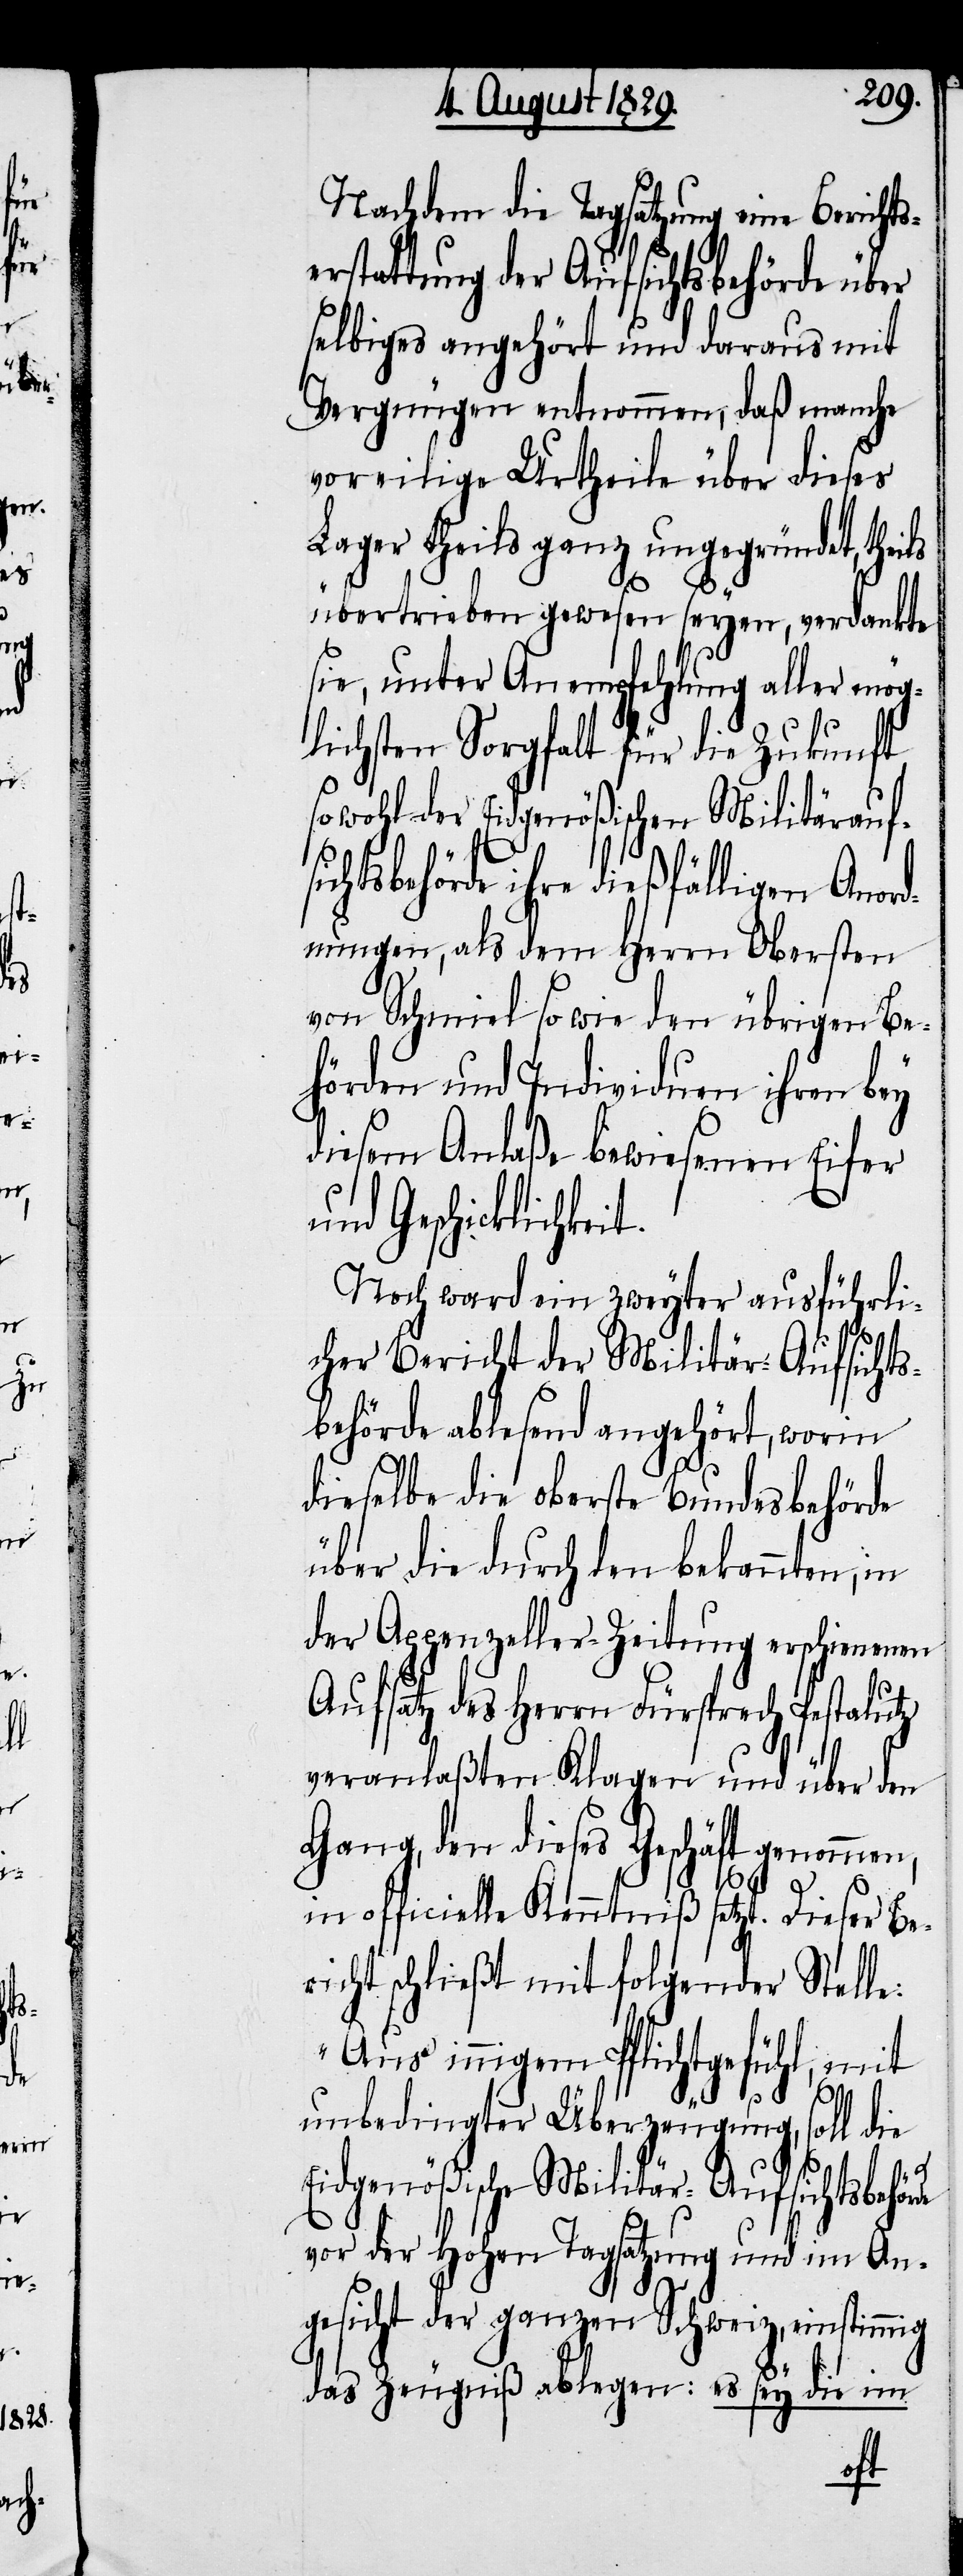
si¬

Nachdem die Tagsatzung eine Berichts¬
erstattung der Aufsichtsbehörde über
selbiges angehört und daraus mit
Vergnügen entnommen, daß manche
voreilige Urtheile über dieses
Lager theils ganz ungegründet, th¬
übertrieben gewesen seyen, verdankte
sie, unter Anempfehlung aller mög¬
lichsten Sorgfalt für die Zukunft
sowohl der Eidgenößischen Militärauf¬
chtsbehörde ihre dießfälligen Anord¬
nungen, als dem Herrn Obersten
von Schmiel so wie den übrigen Be¬
hörden und Individuen ihren bey
diesem Anlaße bewiesenen Eifer
und Geschicklichkei¬
Noch ward ein zweyter ausführli¬
cher Bericht der Militär-Aufsichts¬
behörde ablesend angehört, worin
de
t.
dieselbe die oberste Bundesbehörde
über die durch den bekannten, in
der Appenzeller-Zeitung erschienenen
Aufsatz des Herrn Fürsprech Pestalutz
veranlaßten Klagen und über den
Gang, den dieses Geschäft genommen,
in officielle Kenntniß setzt. Dieser Be¬
richt schließt mit folgender Stelle:
„Aus innigem Pflichtgefühl, mit
unbedingter Überzeugung, soll die
Eidgenößische Militär-Aufsichtsbehör¬
vor der Hohen Tagsatzung und im An¬
gesicht der ganzen Schweiz, einstimmig
das Zeugniß ablegen; es sey die im
eils